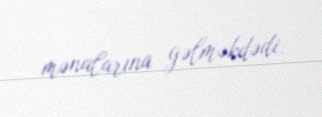
mənalarına gəlməkdədi.